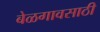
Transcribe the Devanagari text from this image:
बेळगावसाठी